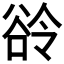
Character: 𧮰